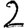
Digit: 2